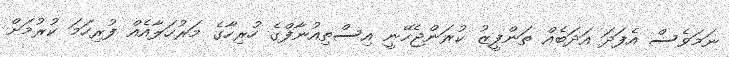
ނަމަވެސް އެފަދަ އަދަބެއް ތަންފީޒު ކުރަންޖެހޭނީ އިސްތިއުނާފްގެ ހުރިހާގެ މަރުހަލާއެއް ފުރިހަމަ ކުރުމަށް